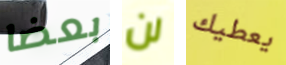
بعضا لن يعطيك